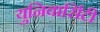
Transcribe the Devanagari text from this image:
युनिवार्सिटी